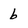
Character: b